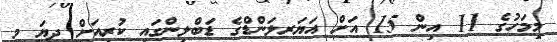
މިމަހުގެ 11 އިން 15 އަށް އަޔަރލަންޑްގެ ޑަބްލިންގައި ކުރިއަށް ދިޔަ މި